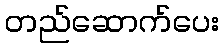
တည်ဆောက်ပေး